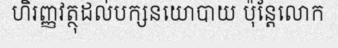
ហិរញ្ញវត្ថុដល់បក្សនយោបាយ ប៉ុន្តែលោក